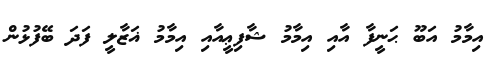
އިމާމު އަބޫ ޙަނީފާ އާއި އިމާމު ޝާފިޢީއާއި އިމާމު ޣަޒާލީ ފަދަ ބޭފުޅުން